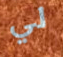
لي